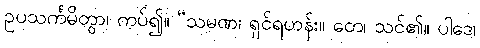
ဥပသင်္ကမိတွာ၊ ကပ်၍။ “သမဏ၊ ရှင်ရဟန်း။ တေ၊ သင်၏။ ပါဒေ၊